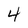
Character: 4